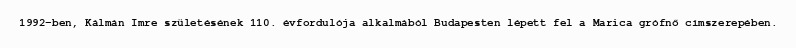
1992-ben, Kálmán Imre születésének 110. évfordulója alkalmából Budapesten lépett fel a Marica grófnő címszerepében.